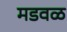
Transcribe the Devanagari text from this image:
मडवळ